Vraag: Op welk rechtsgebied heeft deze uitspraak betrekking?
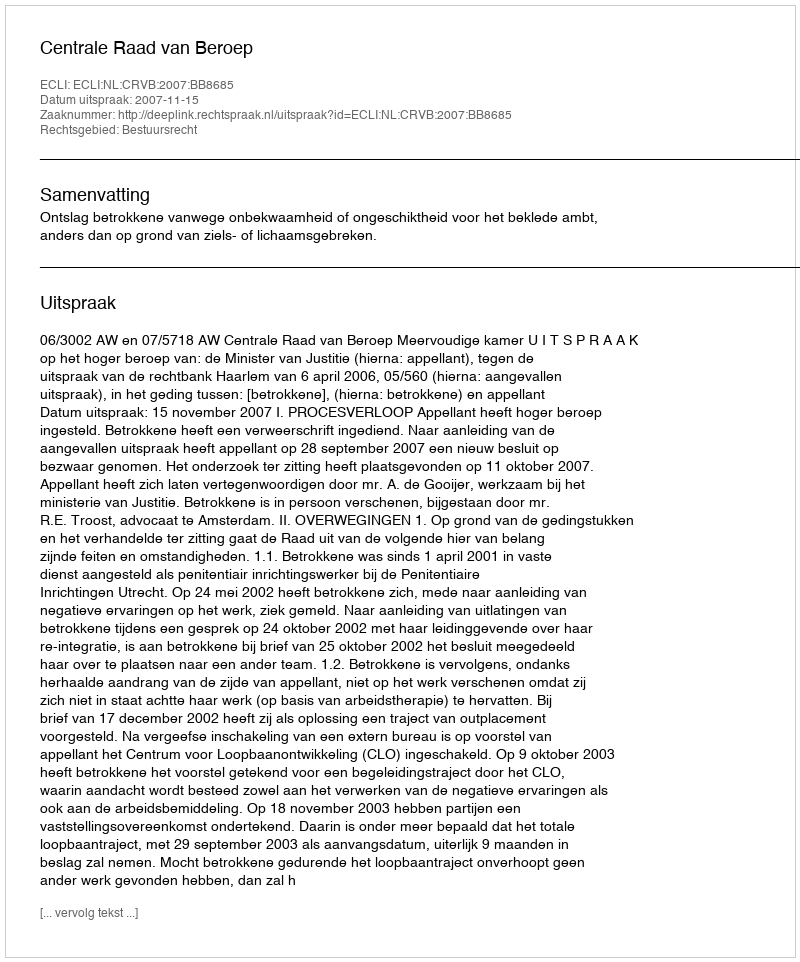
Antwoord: Bestuursrecht